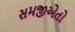
સમજીએતો